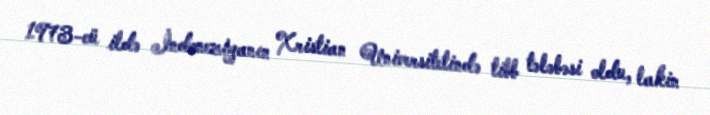
1973-cü ildə İndoneziyanın Xristian Universitetində tibb tələbəsi oldu, lakin